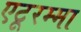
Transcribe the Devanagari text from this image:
एटूरम्मा